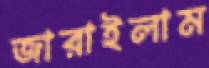
জারাইলাম